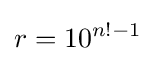
r=10^{n!-1}